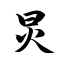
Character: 炅